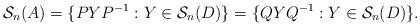
LaTeX: \begin{align*}\mathcal{S}_n(A)=\{PYP^{-1}: Y \in \mathcal{S}_n(D)\}= \{QYQ^{-1}: Y \in \mathcal{S}_n(D)\}.\end{align*}